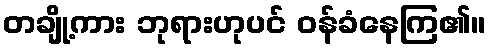
တချို့ကား ဘုရားဟုပင် ဝန်ခံနေကြ၏။